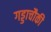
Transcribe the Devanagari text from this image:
गड्डाचौकी